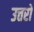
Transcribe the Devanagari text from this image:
उत्तरो